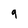
Character: 9